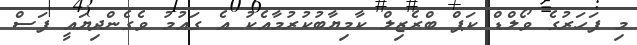
މި ފަހަރުގެ ވޯލްޑް ކަޕް ބްރެޒިލް ކާމިޔާބުކުރުމާއެކު އެ ގައުމު ވެގެންދިޔައީ ފަސް